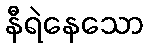
နီရဲနေသော